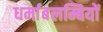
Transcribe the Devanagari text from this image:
धर्माबलम्बियों